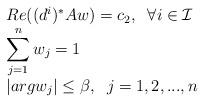
LaTeX: \begin{align*}\begin{array}{ll} Re((d^i)^*Aw)=c_2,\;\;\forall i\in\mathcal{I}\\ \displaystyle\sum_{j=1}^{n}w_j=1\\ \lvert argw_j\rvert\leq\beta,\;\; j=1,2,...,n \end{array} \end{align*}